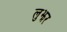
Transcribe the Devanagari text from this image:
लुझर